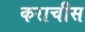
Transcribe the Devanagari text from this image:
कराचीस